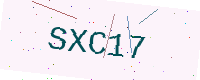
Text: SXC17